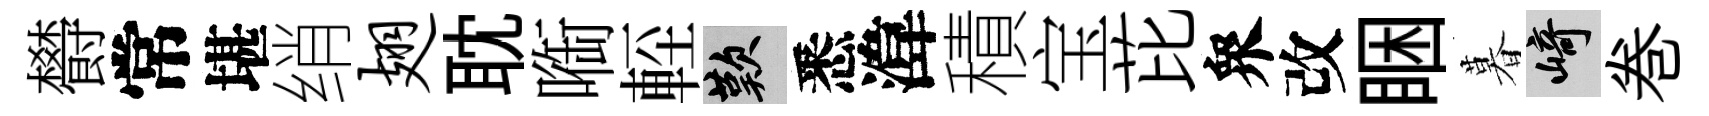
欎常堪绡翅耽㗸䡖嘆悉湋積宝芘衆改睏暮崎巻